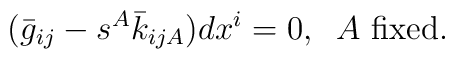
(\bar{g}_{ij} -s^{A}\bar{k}_{ijA})dx^{i}= 0  ,  \;\;  A \mbox{ fixed}.